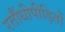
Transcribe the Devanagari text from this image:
रतौंधीपीड़ितों